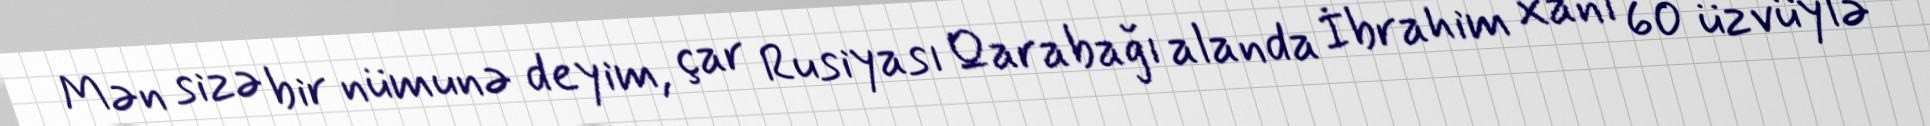
Mən sizə bir nümunə deyim, çar Rusiyası Qarabağı alanda İbrahim xanı 60 üzvüylə